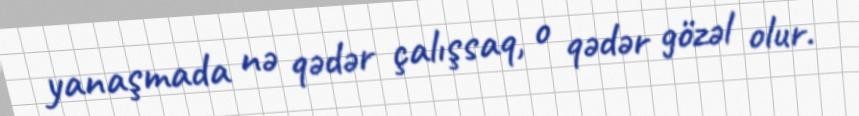
yanaşmada nə qədər çalışsaq, o qədər gözəl olur.